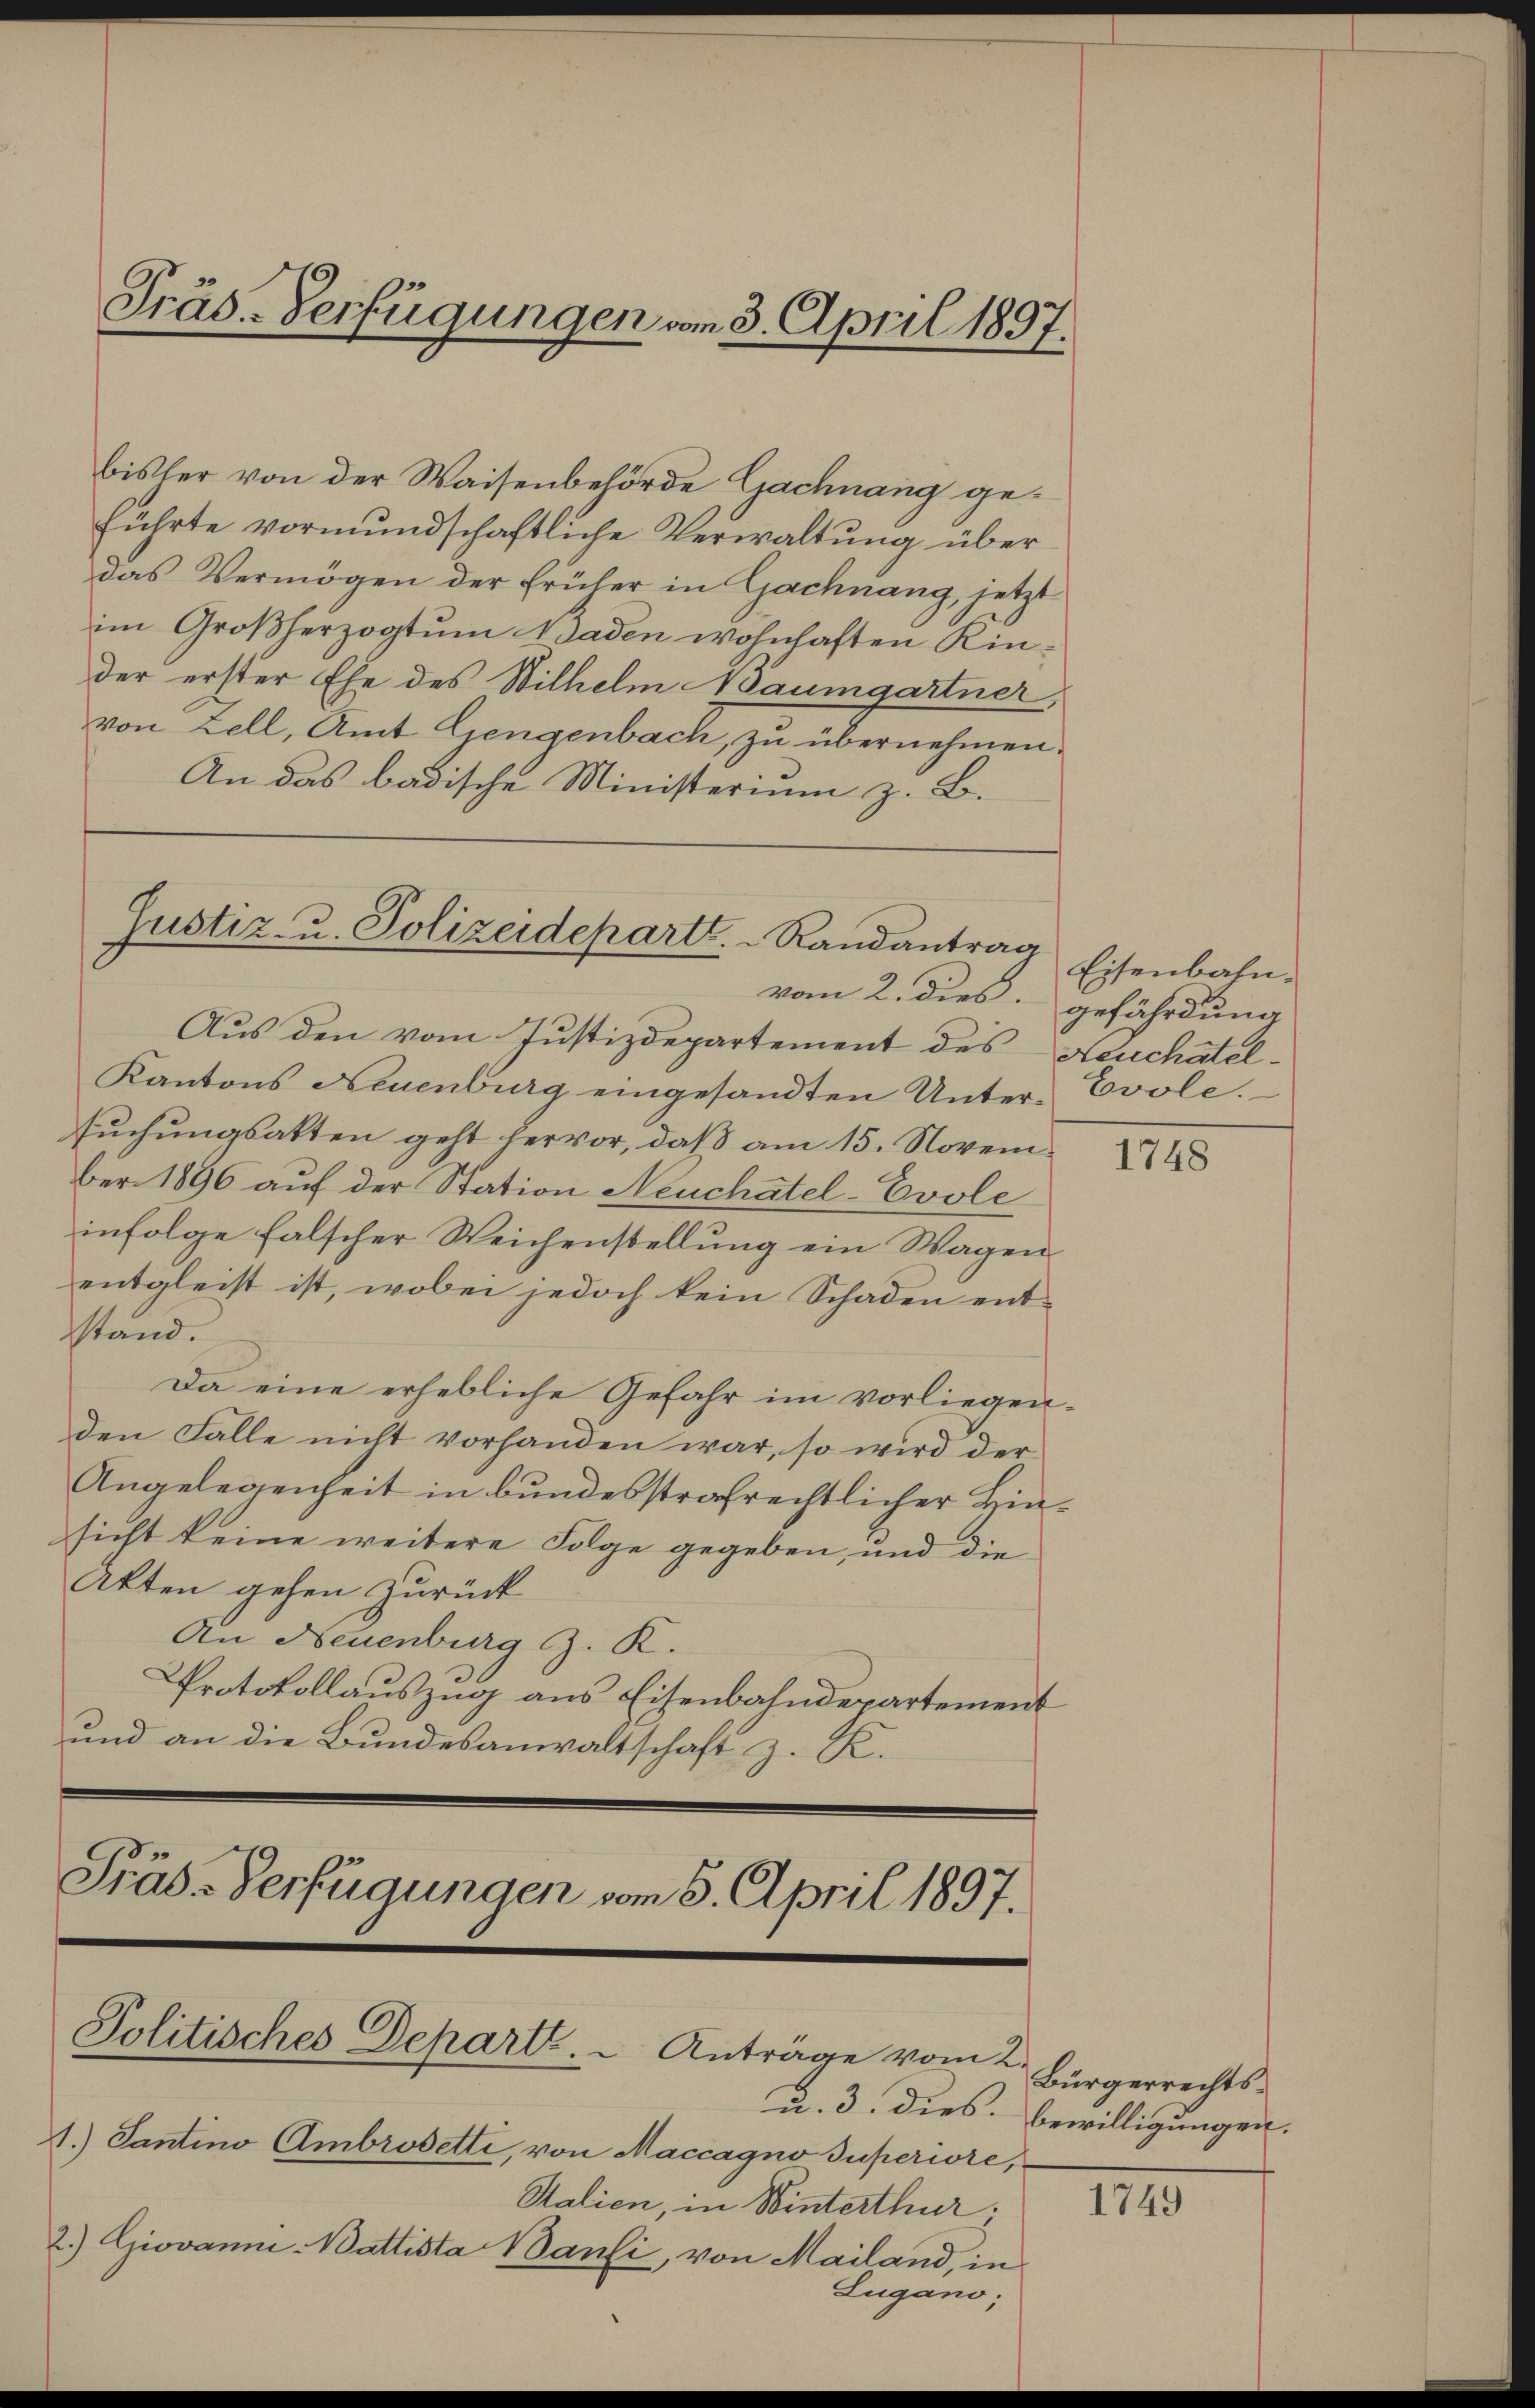
Präs. Verfügungen vom 3. April 1897.

bisler von der Waisenbehörde Gachnang geführte vormundschaftliche Verwaltung über
das Vermögen der früher in Gachnang, jetzt
im Großherzogtum Baden wohnhaften Kinder erster Ehe des Wilhelm Baumgartner
von Zell, Amt Gengenbach, zu übernehmen.
An das badische Ministerium z. B.

Justiz- u. Polizeideparte. Randantrag Eisenbahn¬

Präd-Verfügungen vom 8. April 1897.
Politisches Departe. Anträge vom 2. Bürgerrechts¬

Zugano,

vom 2. dies gefährdung

1.) Santino Ambrodetti, von Maccagno Superiore,
Stalien, in Winterthur;
2.) Giovanni-Wattista Bauli, von Mailand, in

Aus den vom Justizdepartement des Neuchatel¬
Kantons Neuenburg eingesandten Unter- Evole.
suchungsakten geht hervor, daß am 15. November 1896 auf der Station Neuchatel-Evole
infolge falscher Weichenstellung ein Wagen
entgleist ist, wobei jedoch kein Schaden ent-
stand.
Da eine erhebliche Gefahr im vorliegenden Falle nicht vorhanden war, so wird der
Angelegenheit in bundesstrafrechtlicher Hinsicht keine weitere Folge gegeben, und die
Akten gehen zurück
An Neuenburg z. R.
Protokollauszug aus Eisenbahndepartement
und an die Bundesanwaltschaft z. R.

1748

u. 3. dies Bewilligungen.

1749